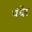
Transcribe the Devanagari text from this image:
पंधेर